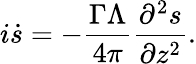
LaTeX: i\dot{s}=-\frac{\Gamma\Lambda}{4\pi}\frac{\partial^{2}s}{\partial z^{2}}.